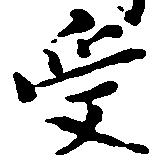
受